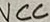
Text: VCC